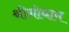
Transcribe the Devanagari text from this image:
श्रीगोधाम